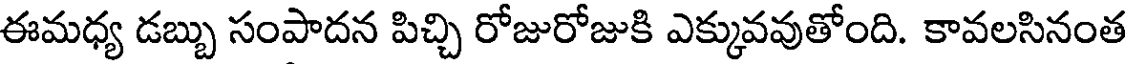
ఈమధ్య డబ్బు సంపాదన పిచ్చి రోజురోజుకి ఎక్కువవుతోంది. కావలసినంత